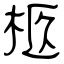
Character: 柩